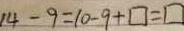
1 4 - 9 = 1 0 - 9 + \square = \square